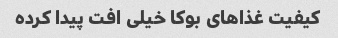
کیفیت غذاهای بوکا خیلی افت پیدا کرده